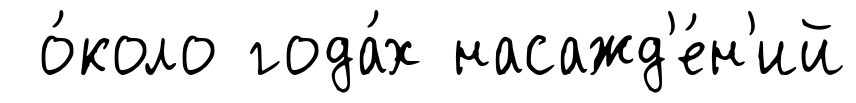
о́коло года́х насажд'е́н'ий